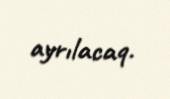
ayrılacaq.